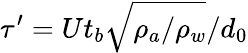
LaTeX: \tau^{\prime}=Ut_{b}\sqrt{\rho_{a}/\rho_{w}}/d_{0}